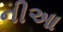
નીઆ